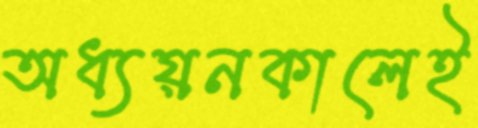
অধ্যয়নকালেই